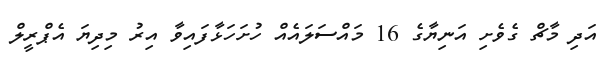
އަދި މާޗް ގެވެށި އަނިޔާގެ 16 މައްސަލައެއް ހުށަހަޅާފައިވާ އިރު މިދިޔަ އެޕްރީލް